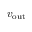
v _ { \mathrm { o u t } }